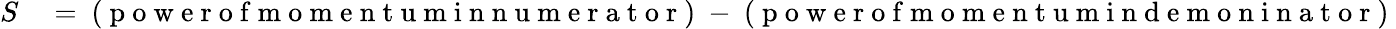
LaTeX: \begin{array}{rl}{S}&{{}=\mathrm{~(~p~o~w~e~r~o~f~m~o~m~e~n~t~u~m~i~n~n~u~m~e~r~a~t~o~r~)~-~(~p~o~w~e~r~o~f~m~o~m~e~n~t~u~m~i~n~d~e~m~o~n~i~n~a~t~o~r~)~}}\end{array}